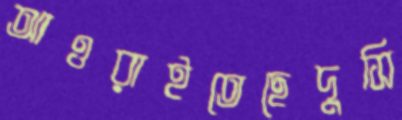
আওরাইতেছেদুসি